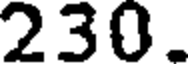
230.